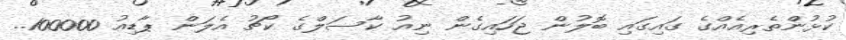
ކުޅުންތެރިއެއްގެ ގައިގައި ބޮލުން ޖަހައިގެން ނިއު ކާސަލްގެ ކޯޗު އެލަން ޕާޑިއު 100000..